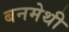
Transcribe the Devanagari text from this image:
बनमेथी